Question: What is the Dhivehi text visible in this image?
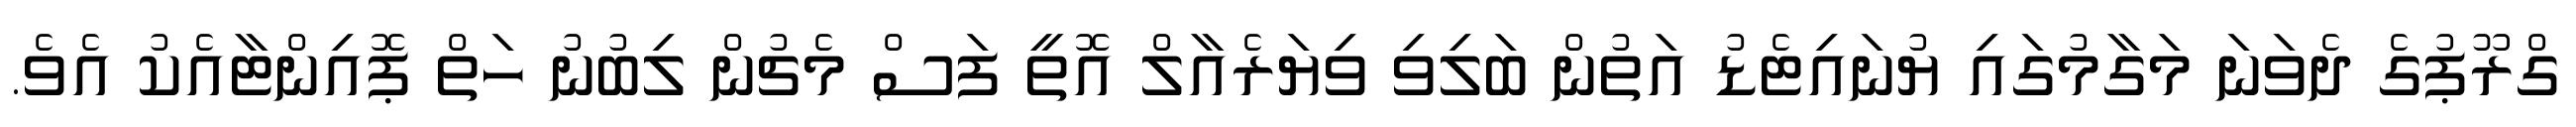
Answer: ގްރޫޕުގެ ދެވަނަ މަގާމުގައި ޔުނައިޓެޑު އަތުން ބަލިވި ވިޔަރެއާލް އޮތީ ފަސް މެޗުން ލިބުނު ހަތް ޕޮއިންޓާއެކު އެވެ.